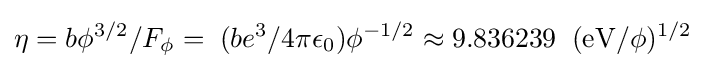
\eta =b\phi ^{3/2}/F_{\phi }=\;(be^{3}/4\pi \epsilon _{0}){\phi }^{-1/2}\approx 9.836239\;\;(\mathrm {eV} /\phi )^{1/2}